Civil Veterinary Department. Madras. Admin. report 1910-25 - 1910-1925
Year: 1910
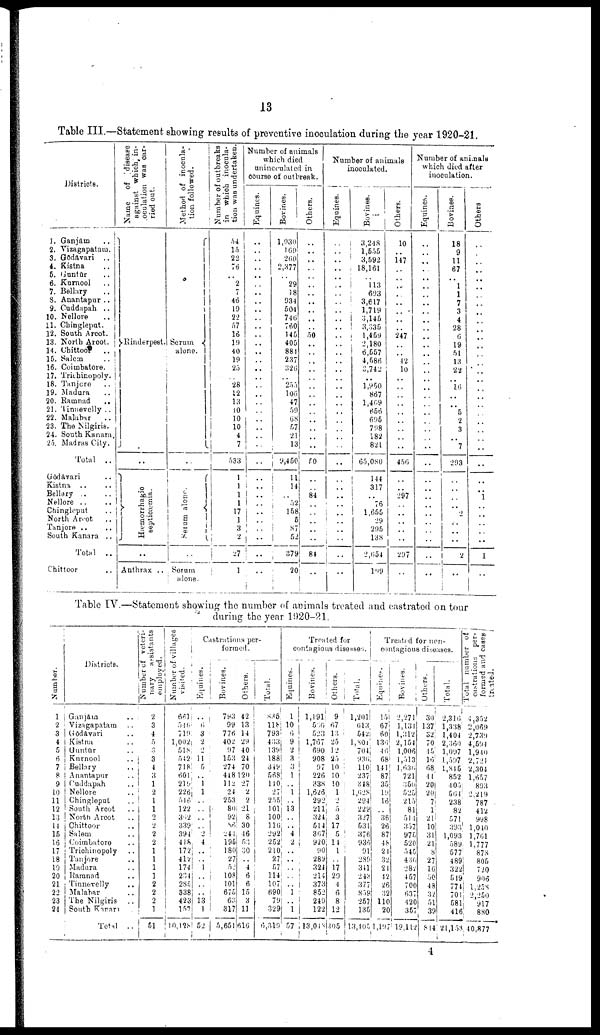
13
Table III.—Statement showing results of preventive inoculation during the year 1920-21
Districts.
1. Ganjām ..
2. Vizagapatam.
3. Gōdāvari
..
4. Kistna ..
5. Guntūr ..
6. Kurnool ..
7. Bellary ..
8. Anantapur ..
9. Cuddapah ..
10. Nellore ..
11. Chingleput.
12. South Arcot.
13. North Arcot.
14. Chittoor
..
15. Salem
..
16. Coimbatore.
17. Trichinopoly.
18. Tanjore
..
19. Madura
20. Ramnad
..
21. Tinnevelly ..
22. Malabar ..
23. The Nilgiris.
24. South Kanara.
25. Madras City.
Total
..
Gōdāvari ..
Kistna
Bellary .. ..
Nellore .. ..
Chingleput ..
North Arcot ..
Tanjore .. ..
South Kanara ..
Total
..
Chittoor ..
Name
of
disease
against which in-
oculation was car-
ried out.
1
Rinderpest.
..
Hæmorrhagic
septicæmia.
..
Anthrax ..
Method of inocula
tion followed.
1
Serum
alone.
Serum alone.
Serum
alone.
Number of outbreaks
in which inocula
tion was undertaken.
54
15
22
76
..
2
7
46
19
22
57
16
19
40
19
25
.. 28
12
13
10
10
10
4
7
533
1
1
1
1
17
1
3
2
27
i
1
Number of animals
which died
uninoculated in
course of outbreak.
Equines.
..
..
..
..
..
..
..
..
..
..
..
..
..
....
..
....
..
..
....
..
..
..
....
..
..
..
..
..
....
.. ..
.. ..
.. ..
.. ..
.. ..
....
..
Bovines.
1,030
169
260
2,377
29
18
934
504
746
760
145
405
881
237
326
255
106
47
59
68
57
21
13
9,450
11
14
52
158
5
87
52
379
20
Others.
..
....
....
..
..
....
..
....
....
....
..
50
......
..
....
....
..
.. ..
..
..
..
..
..
....
50
..
..
84
..
..
..
..
..
84
..
Number of animals
inoculated.
Equines.
..
..
..
....
....
....
..
..
..
....
....
..i
....
..
....
..
..
..
..
..
..
..
....
..
..
..
..
..
..
..
Bovines.
3,248
1,555
3,592
18,161
..
113
693
3,617
1,719
3,145
3,335
1,459
2,180
6,557
4,586
3,742
..
1,950
867
1,409
656
695
798
182
821
65,080
144
317
..
76
1,655
29
295
138
2,654
199
Others.
10
..
147
..
..
..
..
..
..
..
..
247
..
..
12
10
..
..
..
..
..
..
..
..
..
456
297
..
297
Number of animals
which died after
inoculation.
Equines.
..
..
....
..
....
....
..
..
....
....
....
..
....
....
..
..
..
....
..
..
..
..
..
..
..
..
..
..
Bovines.
18
9
11
67
..
1
1
7
3
4
28
6
19
51
13
22
..
16
..
..
5
2
3
..
7
293
..
..
..
....
2
..
..
2
..
i
Others
..
..
..
..
..
..
..
....
..
..
..
..
....
..
..
..
....
..
..
..
..
..
..
..
..
..
..
..
1
..
..
..
1
Table IV.—Statement showing the number of animals treated and castrated on tour
during the year 1920-21.
Number.
1
2
3
4
5
6
7
8
9
10
11
12
13
14
15
16
17
18
19
20
21
22
23
24
Districts.
Ganjām ..
Vizagapatam ..
Gōdāvari ..
Kistna ..
Guntūr ..
Kurnool ..
Bellary ..
Anantapur ..
Cuddapah ..
Nellore ..
Chingleput ..
South Arcot ..
North Arcot ..
Chittoor ..
| Salem
Coimbatore ..
Trichinopoly ..
Tanjore ..
Madura
Ramnad ..
Tinnevelly ..
Malabar
The Nilgiris ..
South Kanara ..
Total
..
Number of veteri
nary
assistants
employed.
2
3
4
5
3
3
4
3
1
2
1
1
2
2
2
2
1
1
1
1
2
2
2
1
51
Number of villages
visited.
661
540
719
1,002
518
542
718
601
219
226
546
122
3'i2
339
394
418
172
412
174
234
285
338
423
157
10,128
Castrations per
formed.
Equines.
6
3
2
2
11
5
..
1
1
2
4
..
13
52
Bovines.
793
99
776
402
97
153
274
448
112
24
253
80
92
S6
244
195
180
27
52
108
101
675
63
317
5,651
Others,
42
13 |
14
29
40
24
70
120
27
2
2
21
8
30
46
53
30
4
6
6
15
3
11
616
Total.
835
118
793
433
139
188
349
568
140
27
255
101
100
116
292
252
210
27
57
114
107
69C
79
32S
6,319
Treated for
contagious diseases.
Equines.
1
10
6
9
2
3
3
1
..
1
..
13
4
2
..
..
..
1
..
1
57
Bovines.
1,191!
556
523
1,767
690
908
97
226
338
1,626
292
211
324
514
367
920
90
289
324
214
373
852
249
122
13,013
Others.
9
67
13
25
12
25
10
10
10
1
2
5
3
17
5
14
1
17
29
4
6
8
12
305
Total.
1,201
613
542
1,801
704;
936
110
237
348
1,628
294
229
327
531
376
936
91
239
341
243
377
859
257
135
13,405
Treated for non
contagious diseases.
Equines.
15
67!
60
136
46
68
141
87
35
19
16
36
26
87
48
21
32
24
42
26
32
110
20
1,10 7
Bovines.
2,271
1,131
1,312
2,154
1,006
1,513
1,636
721
350
525
215
81
514
357
975
520
545
430
287
457
700
637
420
357
19,112
Others.
30
137
32.
70
15
16
68
44
20
20
7
1
21
10
31
21
8
27
10
50
48
32
51
39
814
Total.
2,316
1,338
1,404
2,360
1,097
1,597
1,845
852
4 05
564
238
82
571
39:
1,093
589
577
489
322
549
77
70
58
41
21,153
Total number of
castrations per-
formed and cases
treated.
4,352
2,069
2,739
4,594
1,940
2,721
2,304
1,657
893
2,219
787
412
998
1,040
1,761
1,777
878
805
720
906
1,258
2,250
917
8;
880
40,877
4